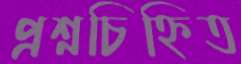
প্রশ্নচিহ্নিত